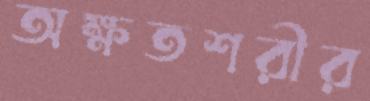
অক্ষতশরীর